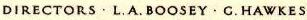
DIRECTORS·L.A.BOOSEY·C.HAWKES